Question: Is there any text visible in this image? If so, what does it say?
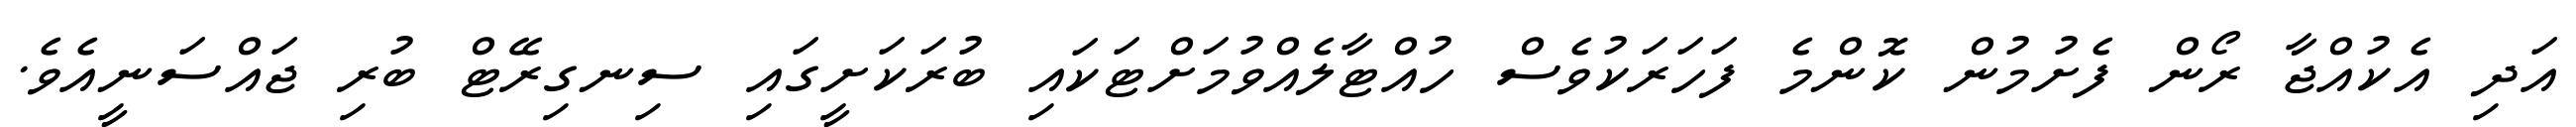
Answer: އަދި އެކުއްޖާ ރޯން ފެށުމުން ކޮންމެ ފަހަރަކުވެސް ހުއްޓާލެއްވުމަށްޓަކައި ބުރަކަށީގައި ސިނގިރޭޓް ބުރި ޖައްސަނީއެވެ.